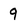
Character: 9